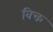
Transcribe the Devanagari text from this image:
विक्त